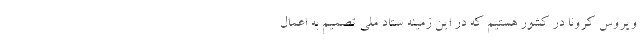
ویروس کرونا در کشور هستیم که در این زمینه ستاد ملی تصمیم به اعمال